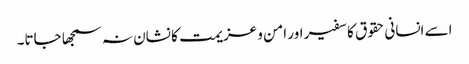
اسے انسانی حقوق کا سفیر اور امن و عزیمت کا نشان نہ سمجھا جاتا۔